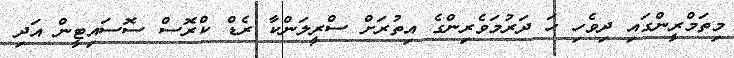
މިތަމްރީންގައި ދިވެހި ހަ ދަރުމަވެރިންގެ އިތުރަށް ސްރީލަންކާ ރެޑް ކްރޮސް ސޮސައިޓީން އަދި